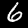
Label: 6